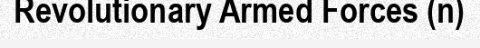
Revolutionary Armed Forces (n)